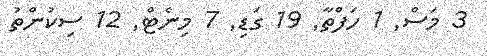
3 މަސް